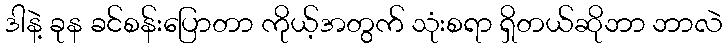
ဒါနဲ့ ခုန ခင်စန်းပြောတာ ကိုယ့်အတွက် သုံးစရာ ရှိတယ်ဆိုဘာ ဘာလဲ